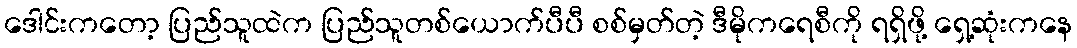
ဒေါင်းကတော့ ပြည်သူထဲက ပြည်သူတစ်ယောက်ပီပီ စစ်မှတ်တဲ့ ဒီမိုကရေစီကို ရရှိဖို့ ရှေ့ဆုံးကနေ